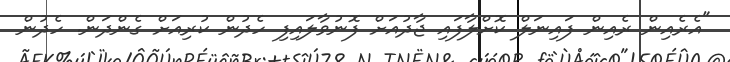
"އެރެއިން ރެއިން ފައިނަލް ކޮށްލާފައި ޖާދުއަށް ފޮނުވާލައިފި ހެދުން ކުރިއަށް ގެންދަން. ހެދުން